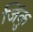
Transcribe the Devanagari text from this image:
जिंकु